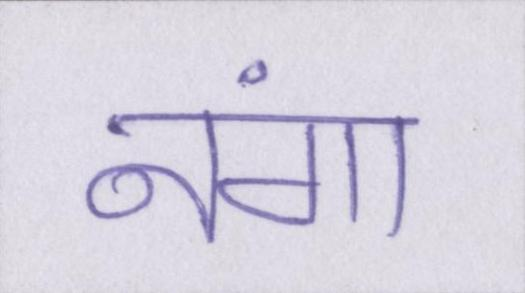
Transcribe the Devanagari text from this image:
नंगा